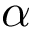
\alpha